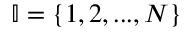
\mathbb { I } = \{ 1 , 2 , . . . , N \}